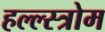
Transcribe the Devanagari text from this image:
हल्ल्स्त्रोम